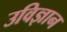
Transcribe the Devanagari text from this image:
उविज्ञान